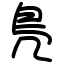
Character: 鳬